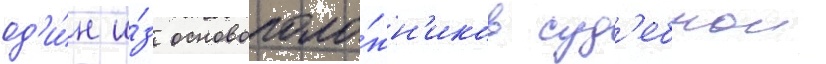
од'и́н и́з основополо́жн'иков суд'ебнои